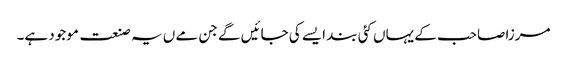
مرزا صاحب کے یہاں کئی بند ایسے کی جائیں گے جن مے ں یہ صنعت موجود ہے۔